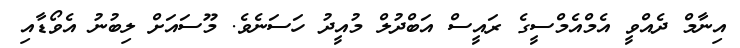
އިނާމް ދެއްވީ އެމްއެމްސީގެ ރައީސް އަބްދުލް މުއީދު ހަސަނެވެ. މޫސައަށް ލިބުނު އެވޯޑާއި